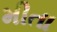
મીતા